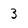
Character: 3